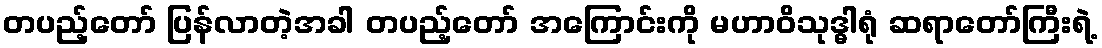
တပည့်တော် ပြန်လာတဲ့အခါ တပည့်တော် အကြောင်းကို မဟာဝိသုဒ္ဓါရုံ ဆရာတော်ကြီးရဲ့